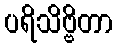
ပရိသိဗ္ဗိတာ